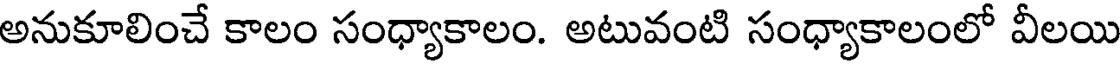
అనుకూలించే కాలం సంధ్యాకాలం. అటువంటి సంధ్యాకాలంలో వీలయి